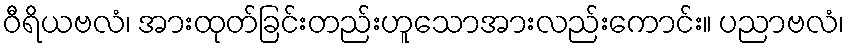
ဝီရိယဗလံ၊ အားထုတ်ခြင်းတည်းဟူသောအားလည်းကောင်း။ ပညာဗလံ၊